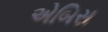
એબિસ